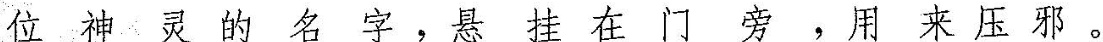
位神灵的名字，悬挂在门旁，用来压邪